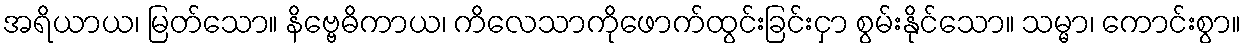
အရိယာယ၊ မြတ်သော။ နိဗ္ဗေဓိကာယ၊ ကိလေသာကိုဖောက်ထွင်းခြင်းငှာ စွမ်းနိုင်သော။ သမ္မာ၊ ကောင်းစွာ။